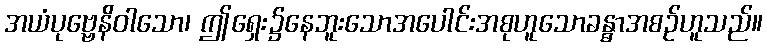
အယံပုဗ္ဗေနိဝါသော၊ ဤရှေး၌နေဘူးသောအပေါင်းအစုဟူသောခန္ဓာအစဉ်ဟူသည်။